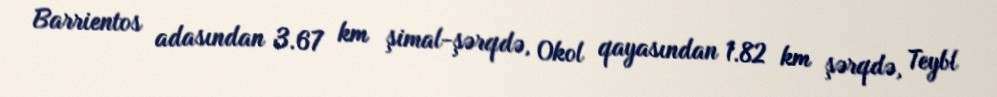
Barrientos adasından 3.67 km şimal-şərqdə, Okol qayasından 1.82 km şərqdə, Teybl